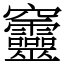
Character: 𥩔